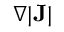
\nabla | \mathbf { J } |